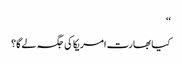
‘‘
کیا بھارت امریکا کی جگہ لے گا؟